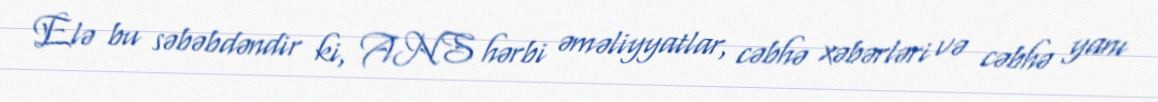
Elə bu səbəbdəndir ki, ANS hərbi əməliyyatlar, cəbhə xəbərləri və cəbhə yanı